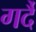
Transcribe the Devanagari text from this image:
गर्दै